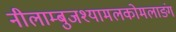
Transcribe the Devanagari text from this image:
नीलाम्बुजश्यामलकोमलाङ्गं